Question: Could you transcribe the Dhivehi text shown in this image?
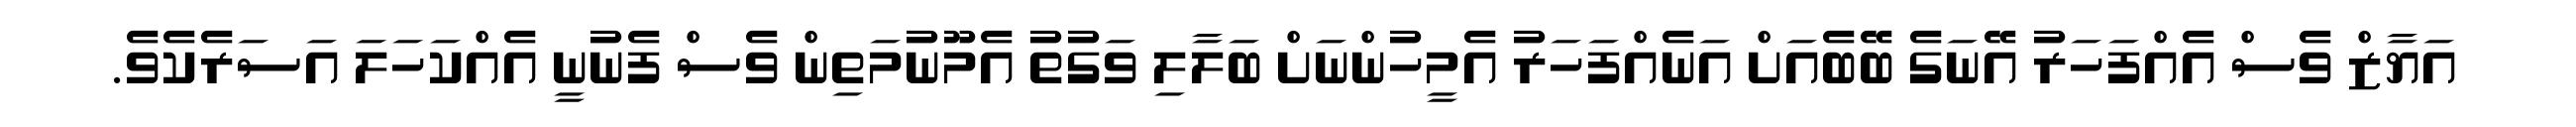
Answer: އަޔާޒް ވެސް އެއްފަހަރު އޭނަގެ ބޭބެއަށް އަނެއްފަހަރު އެމީހުންނަށް ބަލާލި ވަގުތު އެމޫނުމަތިން ވެސް ފެނުނީ އެއްކަހަލަ އަސަރެކެވެ.